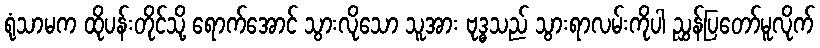
ရုံသာမက ထိုပန်းတိုင်သို့ ရောက်အောင် သွားလိုသော သူအား ဗုဒ္ဓသည် သွားရာလမ်းကိုပါ ညွှန်ပြတော်မူလိုက်